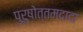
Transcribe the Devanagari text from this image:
पुरुषोत्तमदादा